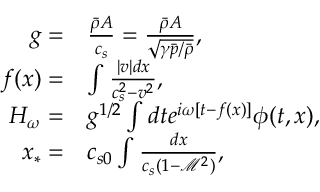
\begin{array} { r l } { g = } & { \frac { \bar { \rho } A } { c _ { s } } = \frac { \bar { \rho } A } { \sqrt { \gamma \bar { p } / \bar { \rho } } } , } \\ { f ( x ) = } & { \int \frac { | v | d x } { c _ { s } ^ { 2 } - v ^ { 2 } } , } \\ { H _ { \omega } = } & { g ^ { 1 / 2 } \int d t e ^ { i \omega [ t - f ( x ) ] } \phi ( t , x ) , } \\ { x _ { * } = } & { c _ { s 0 } \int \frac { d x } { c _ { s } ( 1 - \mathcal { M } ^ { 2 } ) } , } \end{array}